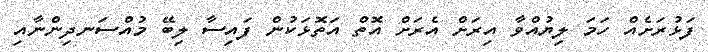
ފަޅުރަށެއް ހަމަ ލިޔުއްވާ އިރަށް އެރަށް އޮތް އަތޮޅަކުން ފައިސާ ލިބޭ މުއްސަނދިންނާއި